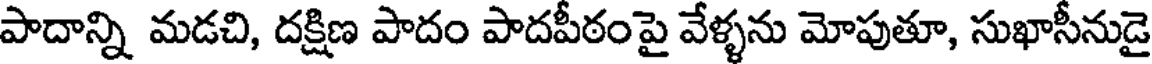
పాదాన్ని మడచి, దక్షిణ పాదం పాదపీఠంపై వేళ్ళను మోపుతూ, సుఖాసీనుడై